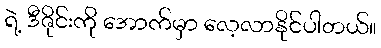
ရဲ့ ဒီဇိုင်းကို အောက်မှာ လေ့လာနိုင်ပါတယ်။